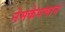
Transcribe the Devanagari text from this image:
नेमकेपणानं